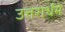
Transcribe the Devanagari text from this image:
उत्तरार्धमे